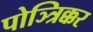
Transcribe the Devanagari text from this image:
पोञ्त्रिक्कर